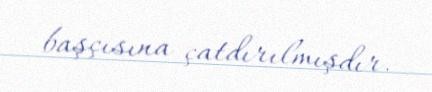
başçısına çatdırılmışdır.